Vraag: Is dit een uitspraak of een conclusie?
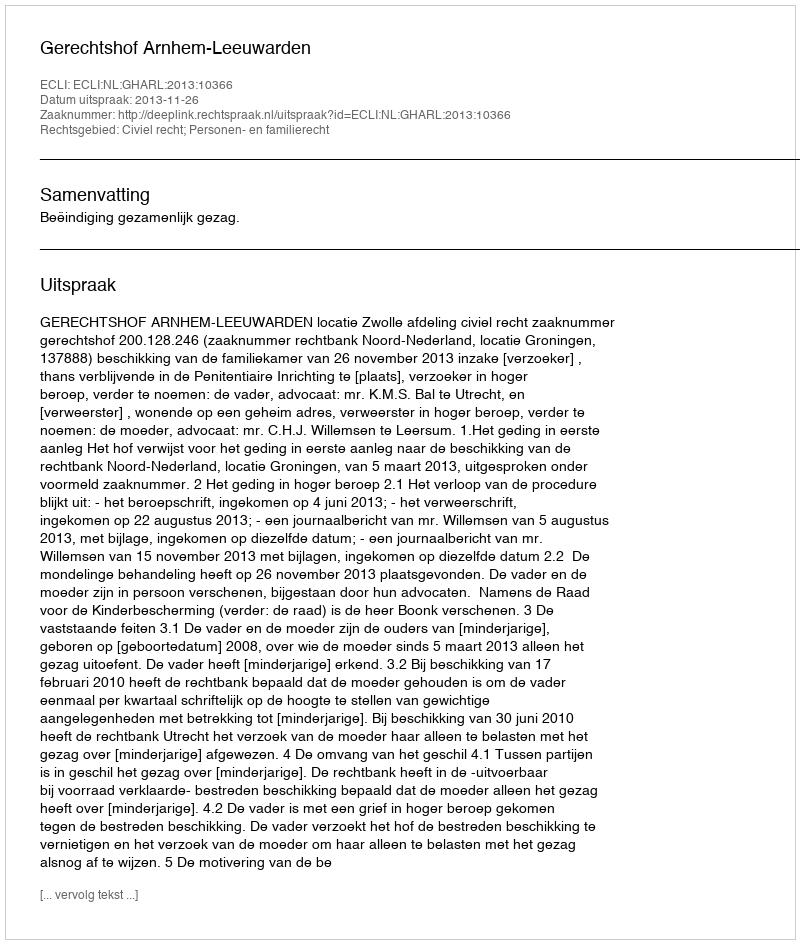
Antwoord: Uitspraak